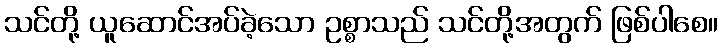
သင်တို့ ယူဆောင်အပ်ခဲ့သော ဥစ္စာသည် သင်တို့အတွက် ဖြစ်ပါစေ။